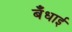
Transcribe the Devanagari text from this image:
बँधाई